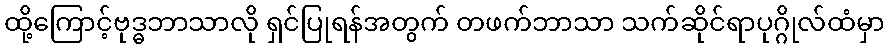
ထို့ကြောင့်ဗုဒ္ဓဘာသာလို ရှင်ပြုရန်အတွက် တဖက်ဘာသာ သက်ဆိုင်ရာပုဂ္ဂိုလ်ထံမှာ